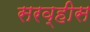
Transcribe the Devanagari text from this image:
सरव्हीस